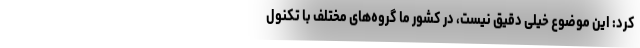
کرد: این موضوع خیلی دقیق نیست، در کشور ما گروه‌های مختلف با تکنول